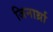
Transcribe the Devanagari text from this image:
जिनार्थ्रा